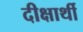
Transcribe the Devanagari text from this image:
दीक्षार्थी